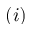
{ ( i ) }